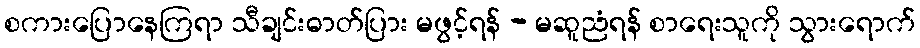
စကားပြောနေကြရာ သီချင်းဓာတ်ပြား မဖွင့်ရန် - မဆူညံရန် စာရေးသူကို သွားရောက်